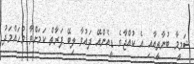
ޝަމީމާ ބުނާތީއާއި އެ ކުއްޖާގެ ޑީއެންއޭ ދައުވާ ލިބޭ ފަރާތް ކަމަށްވާ މުހައްމަދު